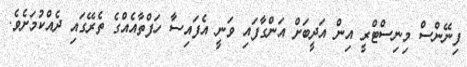
ފިނޭންސް މިނިސްޓްރީ އިން އަދީބަށް އަންގާފައި ވަނީ އެފައިސާ ހަފްތާއެއްގެ ތެރޭގައި ދެއްކުމަށެވެ.